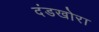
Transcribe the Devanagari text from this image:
दंडखोरा